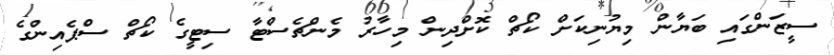
ސީޒަންގައި ބަޔާން މިޔުނިކަށް ކޯޗް ކޮށްދިން މިހާރު މެންޗެސްޓާ ސިޓީގެ ކޯޗް ސްޕެއިންގެ